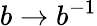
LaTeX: b\to b^{-1}